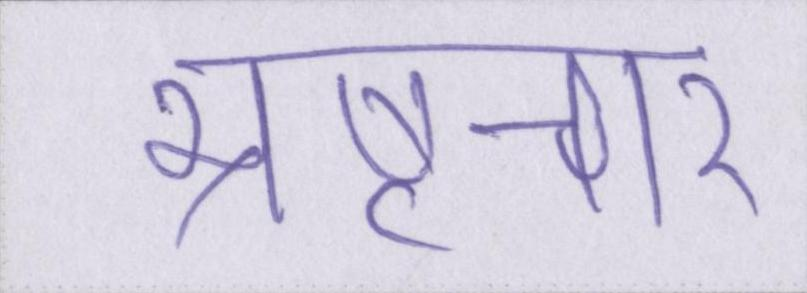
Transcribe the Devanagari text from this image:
भ्रष्टचार